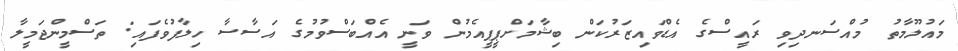
މައުލޫމާތު މުއްސަނދިވި ރައީސްގެ އެޑްވައިޒަރުކަން ބިޝާމަށްޕީޕީއެމުން ވަނީ އެއްބަސްވުމުގެ އަސާސާ ހިލާފުވެފައި: ތަސްމީންޖަމީލާ